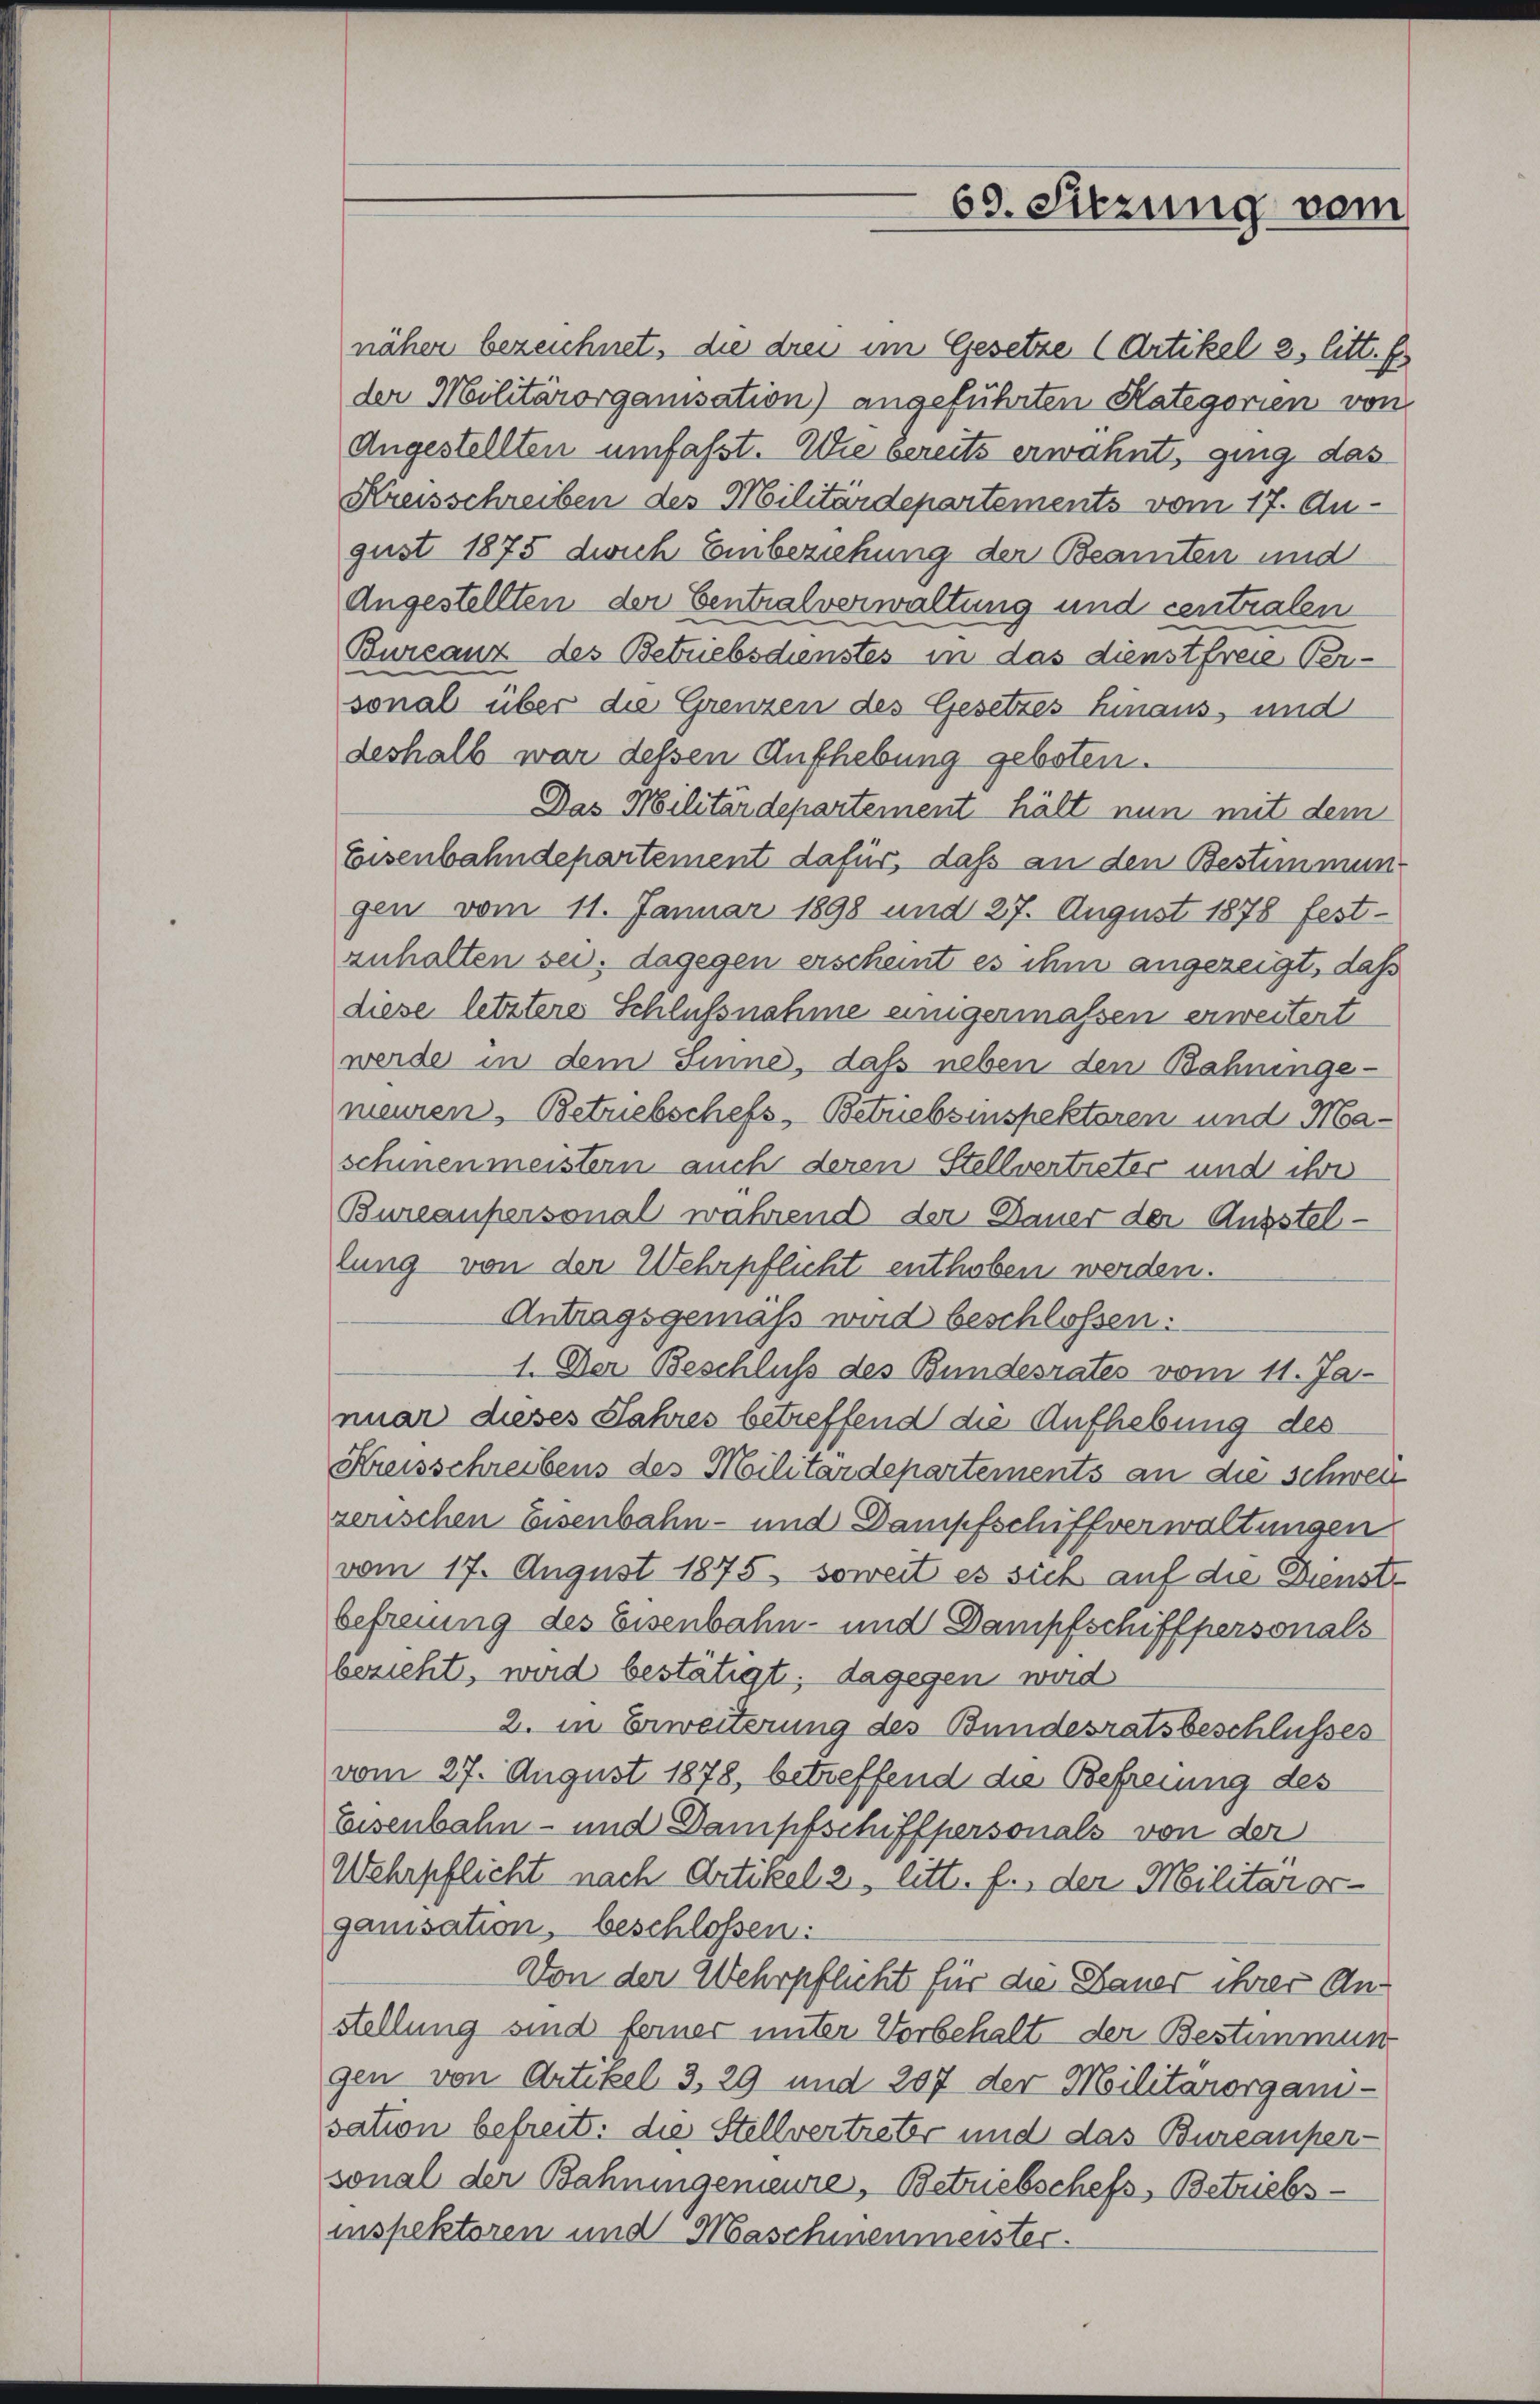
näher bezeichnet, die drei im Gesetze (Artikel 2. litt. Es
der Militärorganisation) angeführten Kategorien von
Angestellten umfasst. Wie bereits erwähnt, ging das
Kreisschreiben des Militärdepartements vom 17. Au-
gust 1875 dich Einbeziehung der Beamten und
Angestellten der Centralverwaltung und centralen
Bureauz des Betriebsdienstes in das dienstfreie Versonal über die Grenzen des Gesetzes hinaus, und
deshalb war dessen Aufhebung geboten.
Das Militärdepartement hält nun mit dem
Eisenbahndepartement dafür, daß an den Bestimmungen vom 11. Januar 1898 und 27. August 1878 festzuhalten sei; dagegen erscheint es ihm angezeigt, daß
diese letztere Schlußnahme einigermassen erweitert
werde in dem Sinne, daß neben den Bahningemeuren, Betriebschefs, Betriebsinspektoren und Maschinenmeistern auch deren Stellvertreter und ihr
Bureaupersonal während der Dauer der Ausstellung von der Wehrpflicht enthoben werden.
Antragsgemäß wird beschlossen:
1. Der Beschluss des Bundesrates vom 11. Ja-
nuar dieses Jahres betreffend die Aufhebung des
Kreisschreibens des Militärdepartements an die schweiz
zerischen Eisenbahn- und Dampfschiffverwaltungen
vom 17. August 1875, soweit es sich auf die Dienstr
befreiung des Eisenbahn- und Dampfschiffpersonals
bezieht, wird bestätigt; dagegen wird
2. in Erweiterung des Bundesratsbeschlusses
vom 27. August 1878, betreffend die Befreiung des
Eisenbahn- und Dampfschiffpersonals von der
Wehrpflicht nach Artikel 2, litt. f., der Militar organisation, beschlossen:
Von der Wehrpflicht für die Dauer ihrer Anstellung sind ferner unter Vorbehalt der Bestimmung
gen von Artikel 3, 29 und 207 der Militärorgani-
sation befreit. die Stellvertreter und das Bureauper-
sonal der Bahningenieure, Betriebschefs, Betriebsinspektoren und Maschinenmeister.

69. Sitzung vom